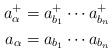
LaTeX: \begin{align*}a_\alpha^+ &= a^+_{b_1}\cdots a^+_{b_n}\\ a_\alpha&= a_{b_1}\cdots a_{b_n}\end{align*}